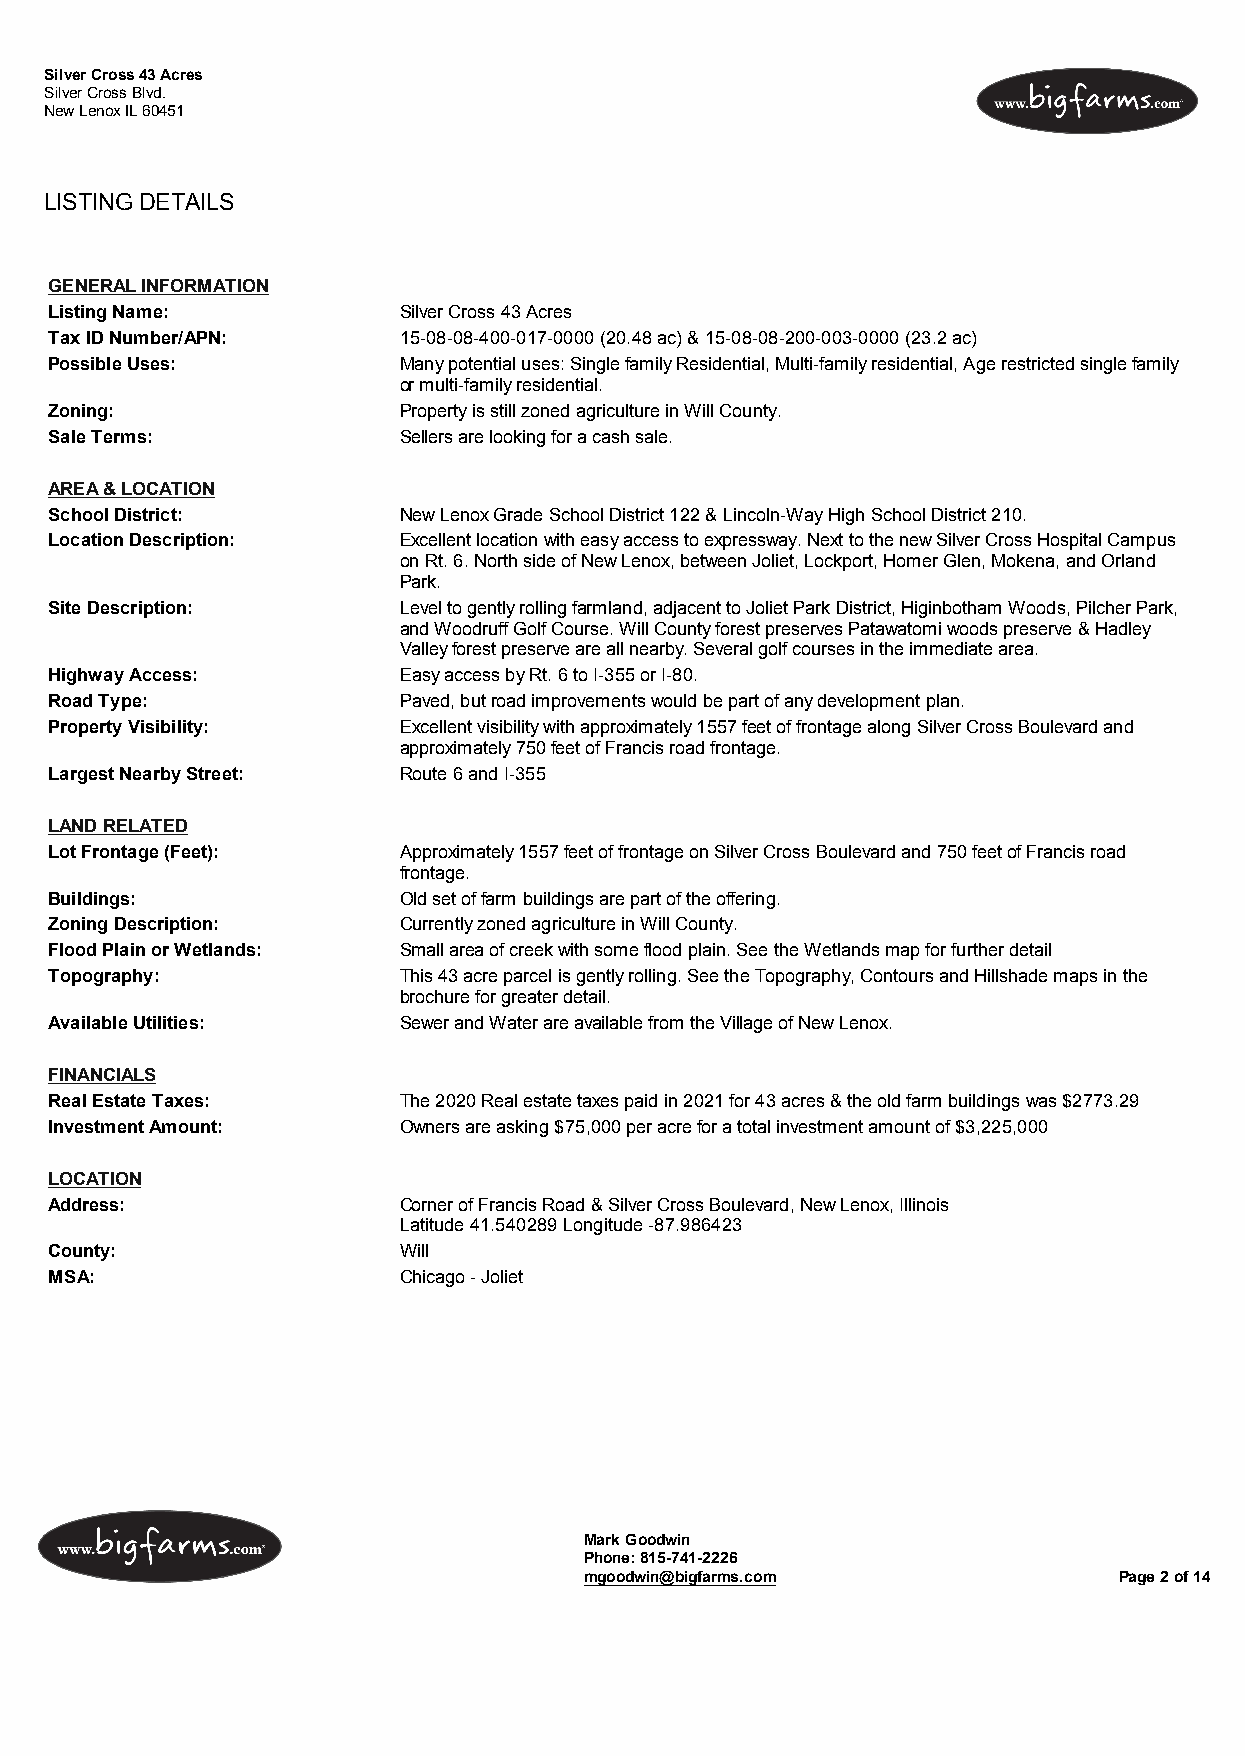
Silver Cross 43 Acres
 Silver Cross Blvd.
 New Lenox IL 60451
 LISTING DETAILS
 GENERAL INFORMATION
 Listing Name:          Silver Cross 43 Acres
 Tax ID Number/APN:     15-08-08-400-017-0000 (20.48 ac) & 15-08-08-200-003-0000 (23.2 ac)
 Possible Uses:         Many potential uses: Single family Residential, Multi-family residential, Age restricted single family
 or multi-family residential.
 Zoning:                Property is still zoned agriculture in Will County.
 Sale Terms:            Sellers are looking for a cash sale.
 AREA & LOCATION
 School District:       New Lenox Grade School District 122 & Lincoln-Way High School District 210.
 Location Description:  Excellent location with easy access to expressway. Next to the new Silver Cross Hospital Campus
 on Rt. 6. North side of New Lenox, between Joliet, Lockport, Homer Glen, Mokena, and Orland
 Park.
 Site Description:      Level to gently rolling farmland, adjacent to Joliet Park District, Higinbotham Woods, Pilcher Park,
 and Woodruff Golf Course. Will County forest preserves Patawatomi woods preserve & Hadley
 Valley forest preserve are all nearby. Several golf courses in the immediate area.
 Highway Access:        Easy access by Rt. 6 to I-355 or I-80.
 Road Type:             Paved, but road improvements would be part of any development plan.
 Property Visibility:   Excellent visibility with approximately 1557 feet of frontage along Silver Cross Boulevard and
 approximately 750 feet of Francis road frontage.
 Largest Nearby Street: Route 6 and I-355
 LAND RELATED
 Lot Frontage (Feet):   Approximately 1557 feet of frontage on Silver Cross Boulevard and 750 feet of Francis road
 frontage.
 Buildings:             Old set of farm buildings are part of the offering.
 Zoning Description:    Currently zoned agriculture in Will County.
 Flood Plain or Wetlands: Small area of creek with some flood plain. See the Wetlands map for further detail
 Topography:            This 43 acre parcel is gently rolling. See the Topography, Contours and Hillshade maps in the
 brochure for greater detail.
 Available Utilities:   Sewer and Water are available from the Village of New Lenox.
 FINANCIALS
 Real Estate Taxes:     The 2020 Real estate taxes paid in 2021 for 43 acres & the old farm buildings was $2773.29
 Investment Amount:     Owners are asking $75,000 per acre for a total investment amount of $3,225,000
 LOCATION
 Address:               Corner of Francis Road & Silver Cross Boulevard, New Lenox, Illinois
 Latitude 41.540289 Longitude -87.986423
 County:                Will
 MSA:                   Chicago - Joliet
 Mark Goodwin
 Phone: 815-741-2226
 mgoodwin@bigfarms.com              Page 2 of 14